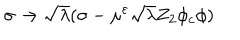
LaTeX: \sigma \rightarrow \sqrt { \lambda } ( \sigma - \mu ^ { \varepsilon } \sqrt { \lambda } Z _ { 2 } \phi _ { c } \phi )